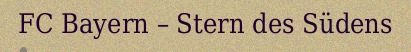
FC Bayern – Stern des Südens